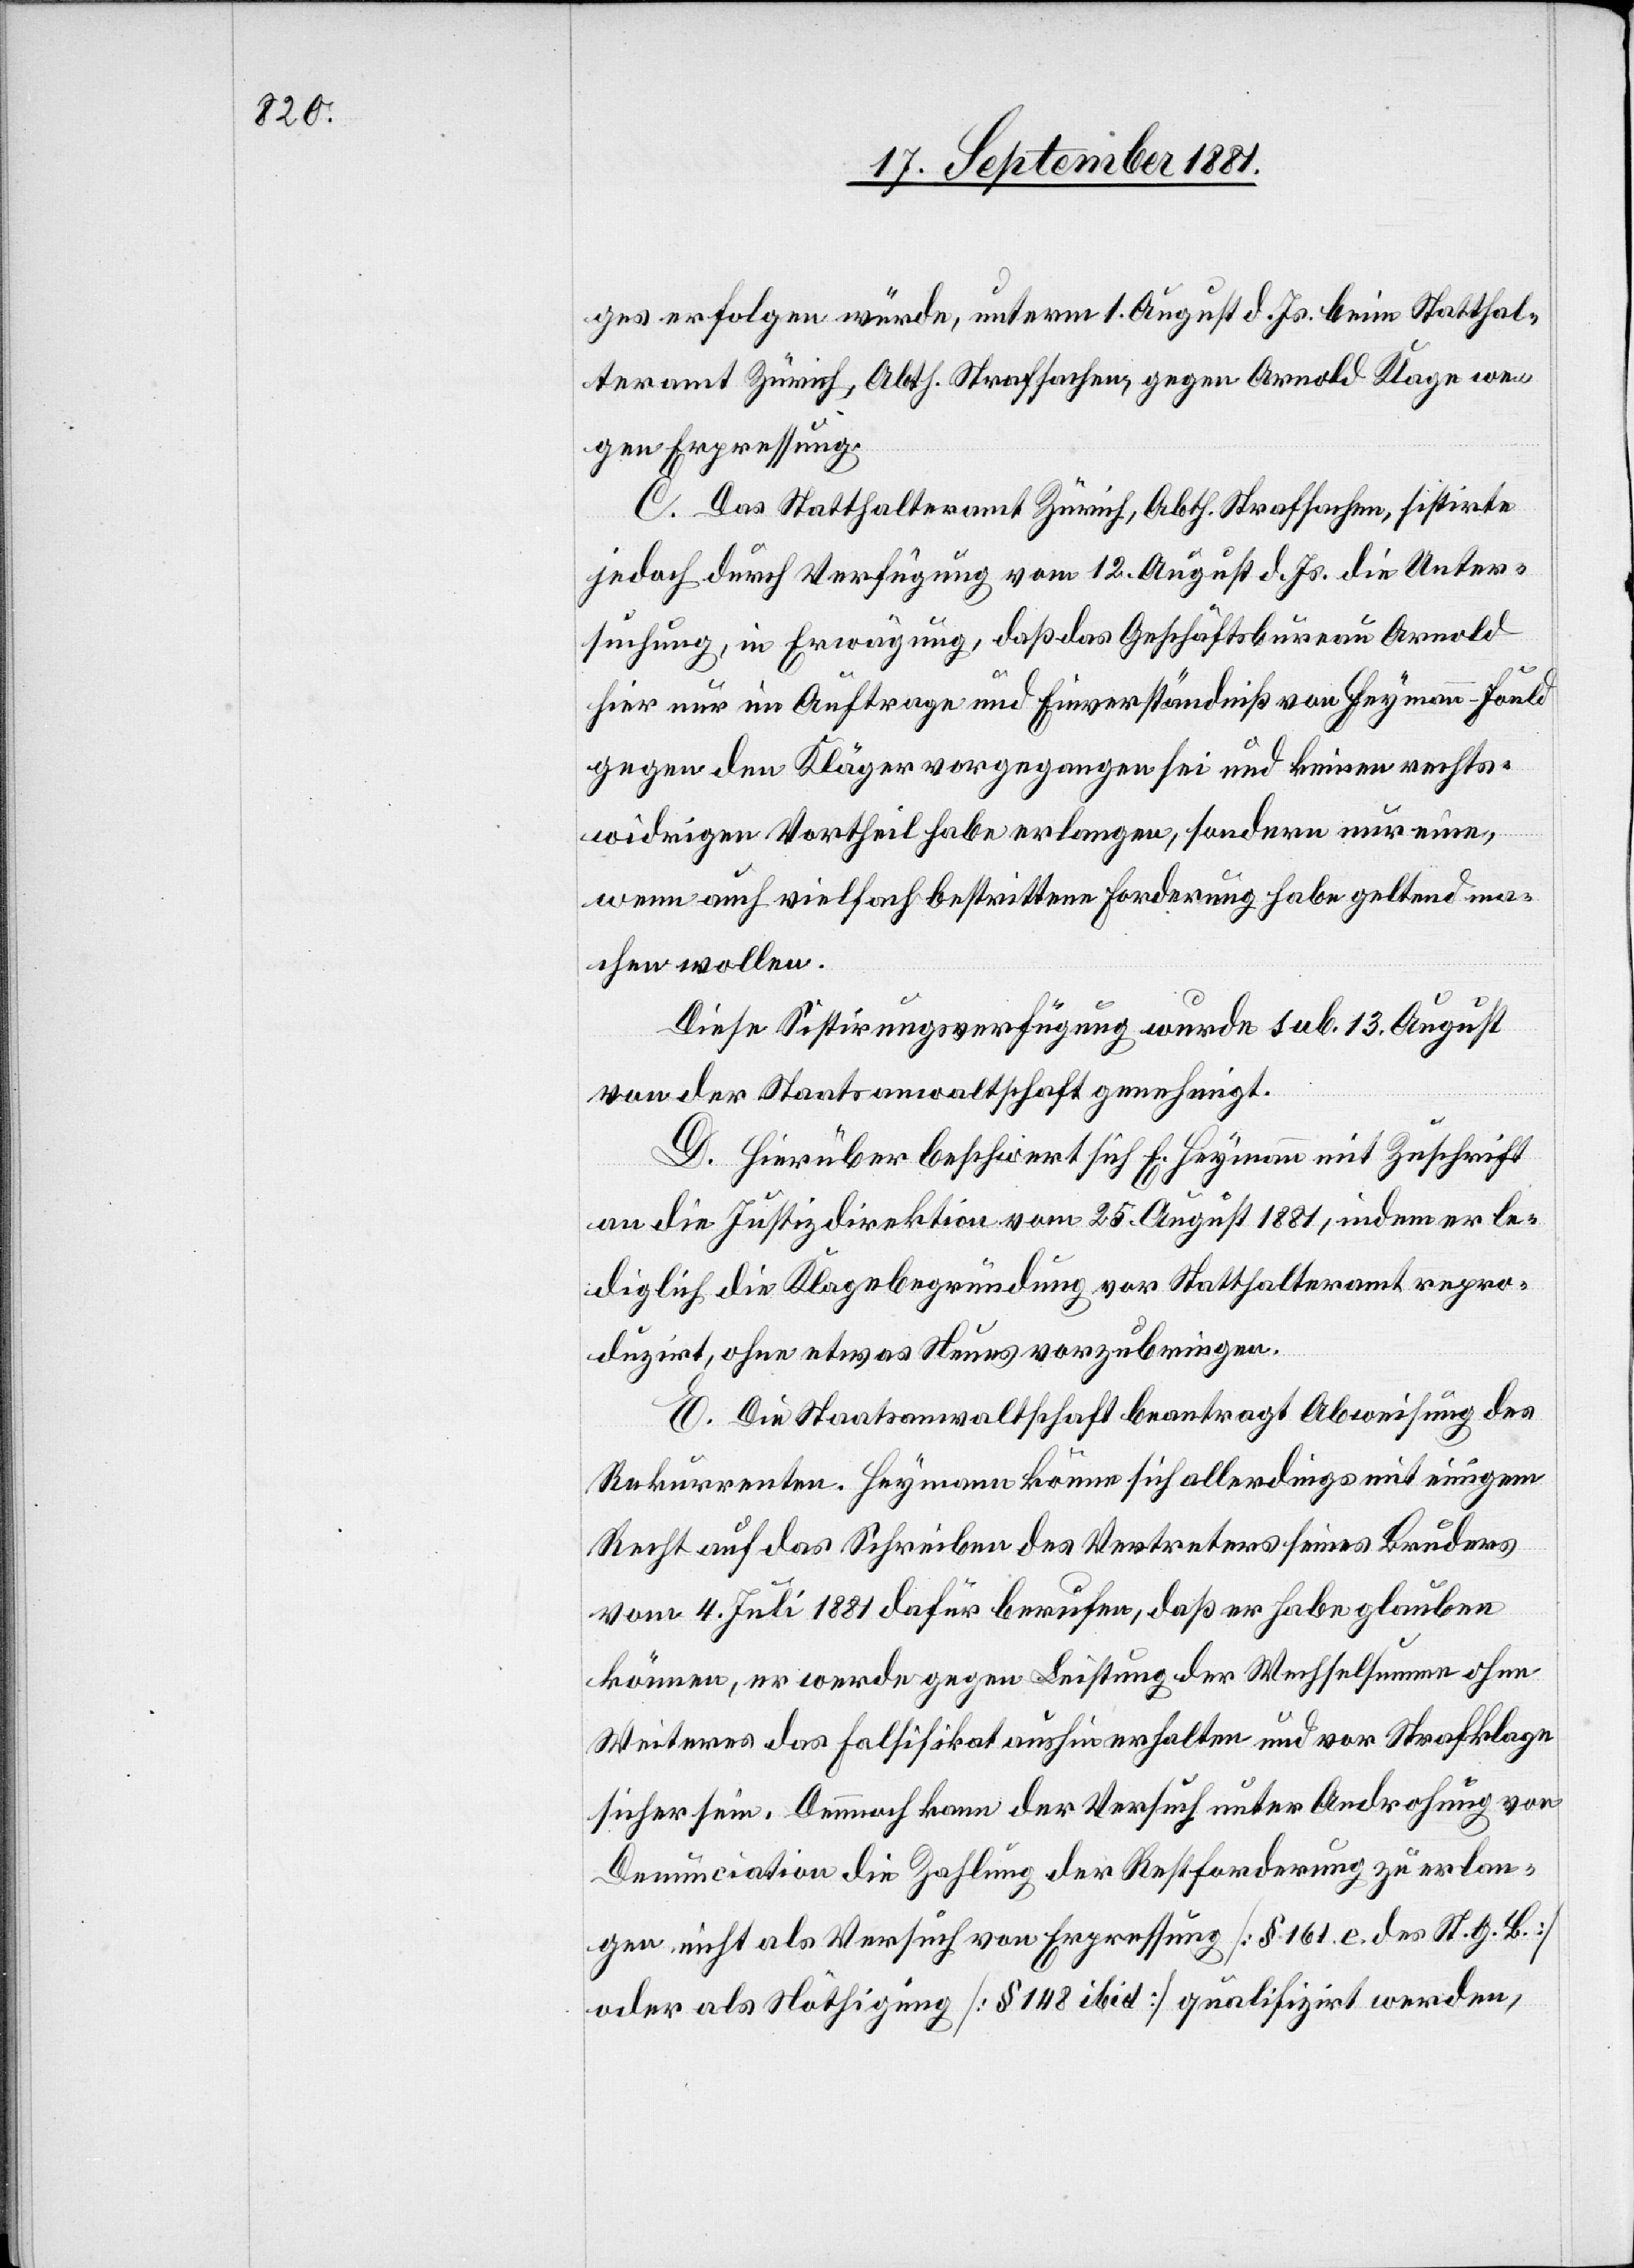
ges erfolgen würde, unterm 1. August d. Js. beim Statthal¬
teramt Zürich, Abth. Strafsachen, gegen Arnold Klage we¬
gen Erpressung.
C. Das Statthalteramt Zürich, Abth. Strafsachen, sistirte
jedoch durch Verfügung vom 12. August d. Js. die Unter¬
suchung, in Erwägung, daß das Geschäftsbureau Arnold
hier nur im Auftrage und Einverständniß von Heymann-Fould
gegen den Kläger vorgegangen sei und keinen rechts¬
widrigen Vortheil habe erlangen, sondern nur einen,
wenn auch vielfach bestrittene Forderung habe geltend ma¬
chen wollen.
Diese Sistirungsverfügung wurde sub. 13. August
von der Staatsanwaltschaft genehmigt.
D. Hierüber beschwert sich E. Heymann mit Zuschrift
von
an die Justizdirektion vom 25. August 1881, indem er le¬
diglich die Klagebegründung vor Statthalteramt repro¬
duzirt, ohne etwas Neues vorzubringen.
E. Die Staatsanwaltschaft beantragt Abweisung des
Rekurrenten. Heymann könne sich allerdings mit einigem
Recht auf das Schreiben des Vertreters seines Bruders
vom 4. Juli 1881 dafür berufen, daß er habe glauben
können, er werde gegen Leistung der Wechselsumme ohne
Weiteres das Falsifikat aushin erhalten und von Strafklage
Denunciation die Zahlung der Restforderung zu erlan¬
gen nicht als Versuch von Erpressung [§ 116 c des St. G. B]
oder als Nöthigung [§ 148 ibid] qualifiziert werden,